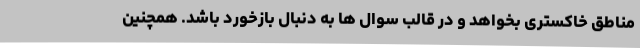
مناطق خاکستری بخواهد و در قالب سوال ها به دنبال بازخورد باشد. همچنین